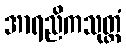
အာရညိကသုတ္တံ